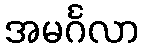
အမင်္ဂလာ